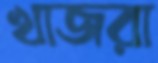
খাজরা